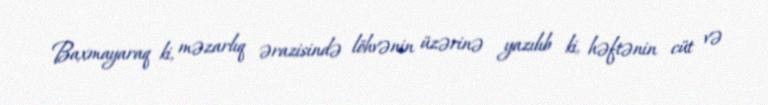
Baxmayaraq ki, məzarlıq ərazisində löhvənin üzərinə yazılıb ki, həftənin cüt və